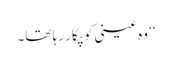
‘‘ وہ عینی کو پکار رہا تھا۔